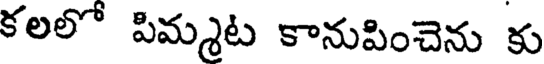
కలలో పిమ్మట కానుపించెను కు